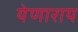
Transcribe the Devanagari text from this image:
येणाराय